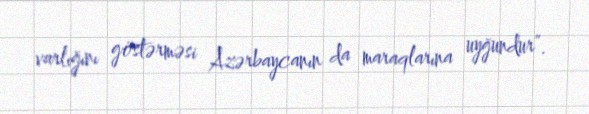
varlığını göstərməsi Azərbaycanın da maraqlarına uyğundur”.